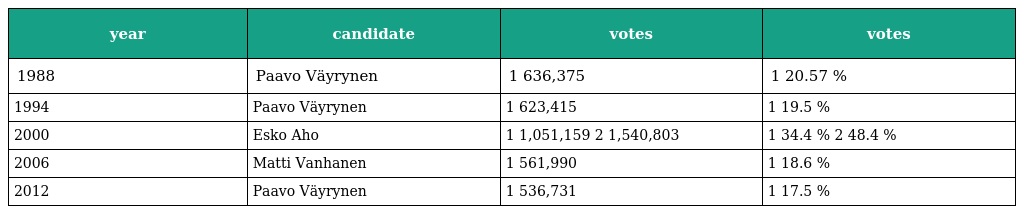
| year | candidate | votes | votes |
 | --- | --- | --- | --- |
 | 1988 | Paavo Väyrynen | 1 636,375 | 1 20.57 % |
 | 1994 | Paavo Väyrynen | 1 623,415 | 1 19.5 % |
 | 2000 | Esko Aho | 1 1,051,159 2 1,540,803 | 1 34.4 % 2 48.4 % |
 | 2006 | Matti Vanhanen | 1 561,990 | 1 18.6 % |
 | 2012 | Paavo Väyrynen | 1 536,731 | 1 17.5 % |